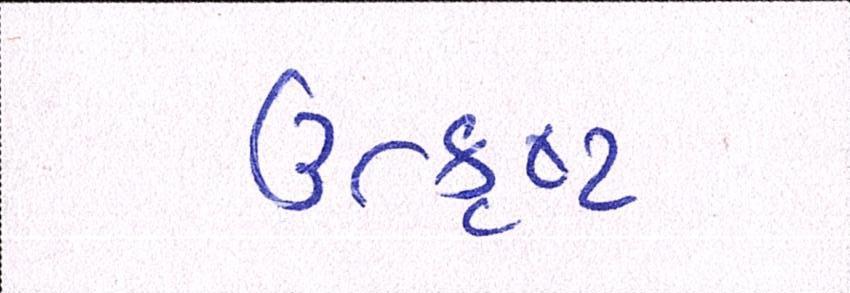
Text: ઉત્કૃષ્ટ